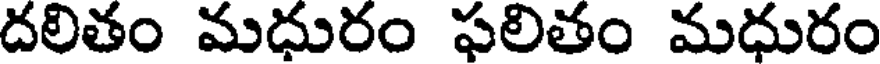
దలితం మధురం ఫలితం మధురం